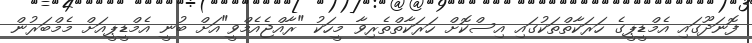
ފޮނަދޫގައި އެމްޑީޕީގެ ހަރަކާތްތަކުގައި އިސްކޮށް ހަރަކާތްތެރިވާ މީހަކު "ރާއްޖެއެމްވީ"އަށް ބުނީ އެމްޑީޕީއަށް މެމްބަރުން